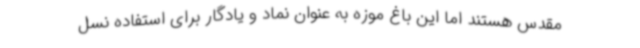
مقدس هستند اما این باغ موزه به عنوان نماد و یادگار برای استفاده نسل